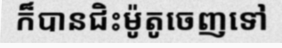
ក៏បានជិះម៉ូតូចេញទៅ